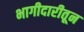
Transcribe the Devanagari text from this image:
भागीदारीतून